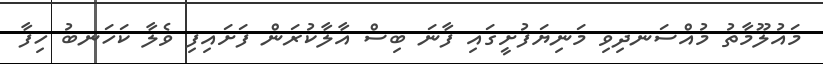
މައުލޫމާތު މުއްސަނދިވި މަނިޔަފުށީގައި ފާނަ ބިސް އާލާކުރަން ފަށައިފި ވެލާ ކަހަނބު ހިފާ